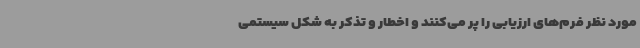
مورد نظر فرم‌های ارزیابی را پر می‌کنند و اخطار و تذکر به شکل سیستمی